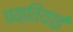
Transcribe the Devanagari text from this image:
पक्तियाई